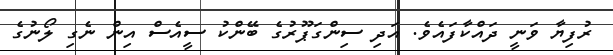
ރުފިޔާ ވަނީ ދައްކާފައެވެ. އަދި ސިންގަޕޫރުގެ ބޭންކު ސީއެސް އިން ނެގި ލޯނުގެ